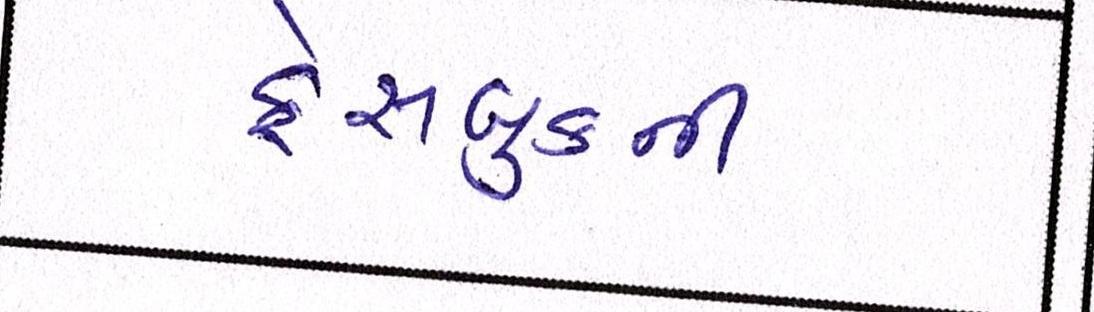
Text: ફેસબુકની